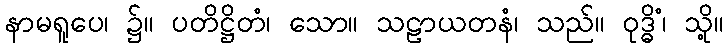
နာမရူပေ၊ ၌။ ပတိဋ္ဌိတံ၊ သော။ သဠာယတနံ၊ သည်။ ဝုဒ္ဓိံ၊ သို့။